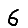
Digit: 6